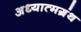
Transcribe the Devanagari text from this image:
अध्यात्मग्रंथ